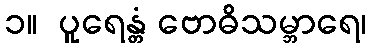
၁။  ပူရေန္တံ ဗောဓိသမ္ဘာရေ၊